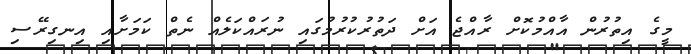
މީގެ އިތުރުން އާއްމުކޮށް ރާއްޖެ އަށް ދަތުރުކުރުމުގައި ނުރައްކަލެއް ނެތް ކަމަށާއި އިނގިރޭސި